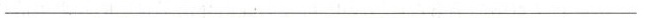
___